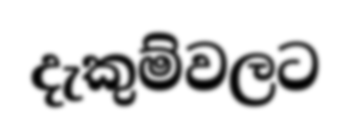
දැකුම්වලට